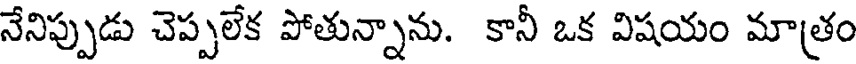
నేనిప్పుడు చెప్పలేక పోతున్నాను. కానీ ఒక విషయం మాత్రం